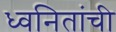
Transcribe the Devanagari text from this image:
ध्वनितांची